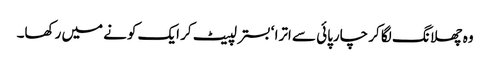
وہ چھلانگ لگا کر چارپائی سے اترا ‘ بستر لپیٹ کر ایک کونے میں رکھا۔